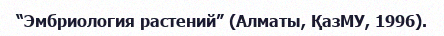
“Эмбриология растений” (Алматы, ҚазМУ, 1996).